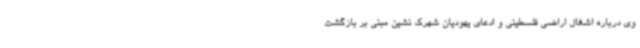
وی درباره اشغال اراضی فلسطینی و ادعای یهودیان شهرک نشین مبنی بر بازگشت